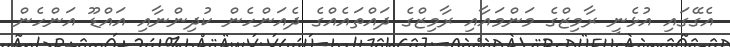
އެގޭގައި އުޅެނީ ރާމިޒްގެ މަންމައާއި ރާމިޒްގެ ދައްތައެއްގެ ދެއަންހެން ކުދިންނާއި އައްޑޫ އަންހެން